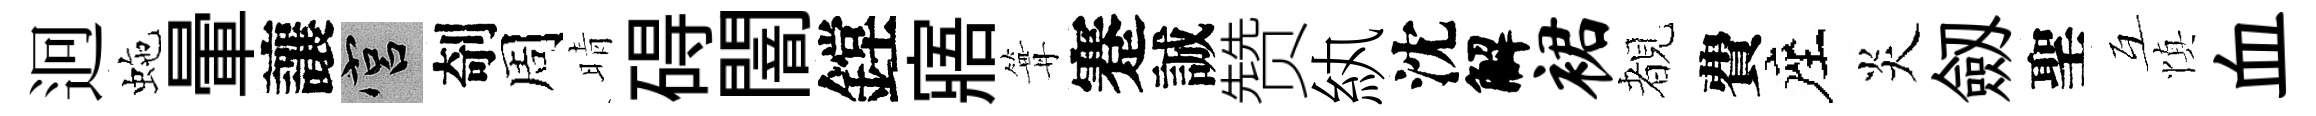
迥虵暈讓宫剞周晴碍闇鏜寤篝蹇誠赞紈沈解裙覩費座炎劔聖互慎血